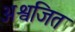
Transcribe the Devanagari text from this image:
अश्वजित